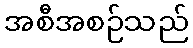
အစီအစဉ်သည်